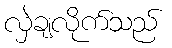
လှဲချလိုက်သည်